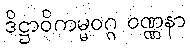
ဒိဋ္ဌာဝိကမ္မဝဂ္ဂ ဝဏ္ဏနာ